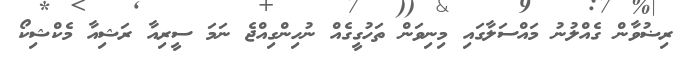
ރިޟުވާން ގެއްލުނު މައްސަލާގައި މިނިވަން ތަހުގީގެއް ނުހިންގިއްޖެ ނަމަ ސީރިއާ ރަޝިއާ މެކްޝިކޯ